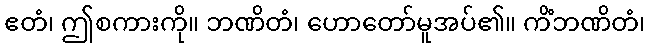
ဧတံ၊ ဤစကားကို။ ဘဏိတံ၊ ဟောတော်မူအပ်၏။ ကိံဘဏိတံ၊